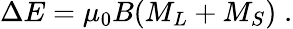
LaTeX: \Delta E=\mu_{0}B(M_{L}+M_{S})\; .